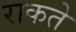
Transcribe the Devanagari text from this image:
राकते